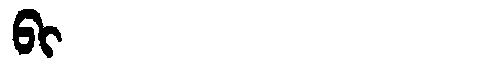
Manchu: ᠪᡳ
Romanization: BI